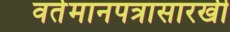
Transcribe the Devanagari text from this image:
वर्तमानपत्रासारखी